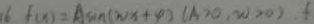
1 6 . f ( x ) = A \sin ( w x + \varphi ) ( A > 0 , w > 0 )